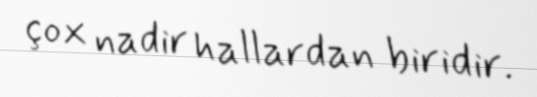
çox nadir hallardan biridir.